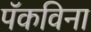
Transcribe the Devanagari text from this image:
पॅकविना